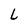
Character: L